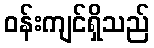
ဝန်းကျင်ရှိသည်